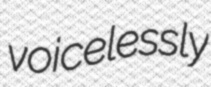
voicelessly